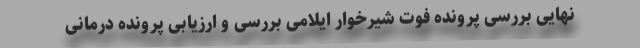
نهایی بررسی پرونده فوت شیرخوار ایلامی بررسی و ارزیابی پرونده درمانی